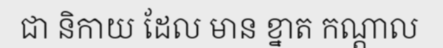
ជា និកាយ ដែល មាន ខ្នាត កណ្តាល